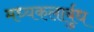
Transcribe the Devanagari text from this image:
मध्यकलार्बुध